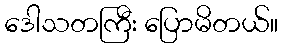
ဒေါသတကြီး ပြောမိတယ်။